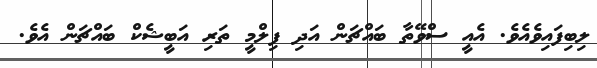
ލިބިފައިވެއެވެ. އެއީ ސްވޭތާ ބައްޗަން އަދި ފިލްމީ ތަރި އަބީޝެކް ބައްޗަން އެވެ.